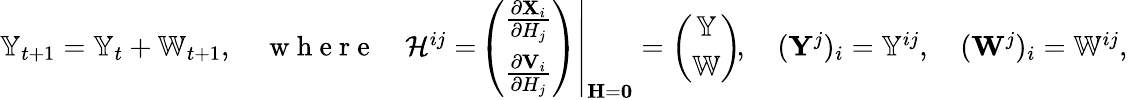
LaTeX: \begin{array}{r}{\mathbb{Y}_{t+1}=\mathbb{Y}_{t}+\mathbb{W}_{t+1},\quad\mathrm{~w~h~e~r~e~}\quad\mathbf{\mathcal{H}}^{ij}=\left.\! \left(\begin{array}{c}{\frac{\partial\mathbf{X}_{i}}{\partial H_{j}}}\\ {\frac{\partial\mathbf{V}_{i}}{\partial H_{j}}}\end{array}\right)\right|_{\mathbf{H}=\mathbf{0}}=\left(\begin{array}{c}{\mathbb{Y}}\\ {\mathbb{W}}\end{array}\right)\! ,\quad(\mathbf{Y}^{j})_{i}=\mathbb{Y}^{ij},\quad(\mathbf{W}^{j})_{i}=\mathbb{W}^{ij},}\end{array}